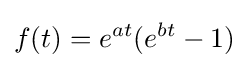
f(t)=e^{at}(e^{bt}-1)